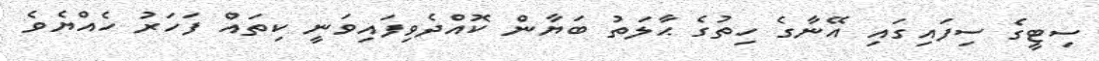
ސިޓީގެ ސިފައިގައި އޭނާގެ ހިތުގެ ޙާލަތު ބަޔާން ކޮއްދެވިފައިވަނީ ކިތައް ފަހަރު ހެއްޔެވެ